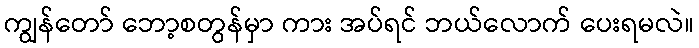
ကျွန်တော် ဘော့စတွန်မှာ ကား အပ်ရင် ဘယ်လောက် ပေးရမလဲ။